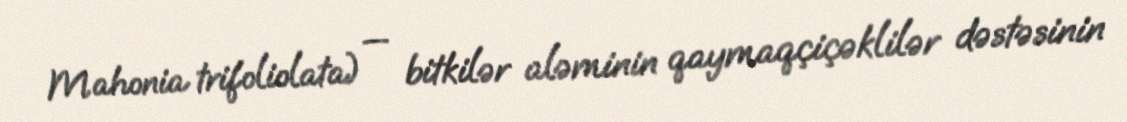
Mahonia trifoliolata) — bitkilər aləminin qaymaqçiçəklilər dəstəsinin